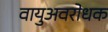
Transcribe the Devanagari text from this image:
वायुअवरोधक